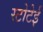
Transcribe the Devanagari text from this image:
स्टोटेई